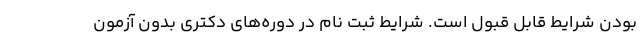
بودن شرایط قابل قبول است. شرایط ثبت نام در دوره‌های دکتری بدون آزمون